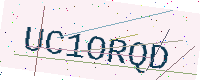
Text: UC1ORQD